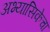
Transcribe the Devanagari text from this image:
अभ्यासिकेचा